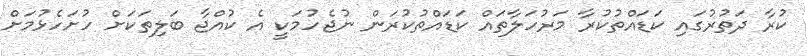
ކުރާ ދަތުރުގައި ކަޑައްތުކުރާ މަރުހަލާތައް ކަޑައްތުކުރަން ނުޖެހުމަކީ އެ ކުއްޖާ ބަލިތަކަށް ހުށަހެޅުމަށް